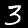
Digit: 3